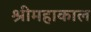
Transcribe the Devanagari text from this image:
श्रीमहाकाल